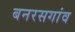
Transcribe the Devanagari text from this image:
बनरसगांव